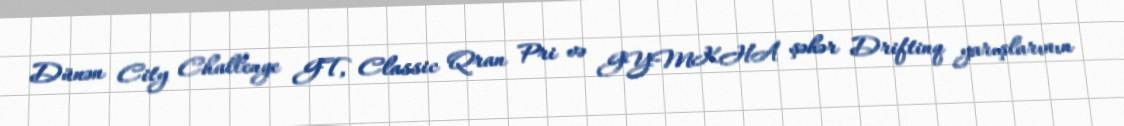
Dünən City Challenge GT, Classic Qran Pri və GYMKHA şəhər Driftinq yarışlarının